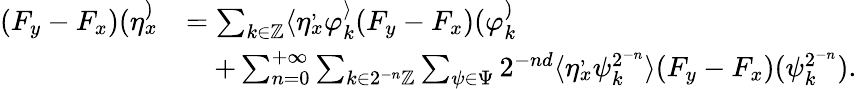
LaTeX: \begin{array}{rl}{(F_{y}-F_{x})(\eta_{x}^)}&{=\sum_{k\in\mathbb{Z}}\langle\eta_{x}^,\varphi_{k}^\rangle(F_{y}-F_{x})(\varphi_{k}^)}\\ &{\quad+\sum_{n=0}^{+\infty}\sum_{k\in 2^{-n}\mathbb{Z}}\sum_{\psi\in\Psi}2^{-nd}\langle\eta_{x}^,\psi_{k}^{2^{-n}}\rangle(F_{y}-F_{x})(\psi_{k}^{2^{-n}}).}\end{array}